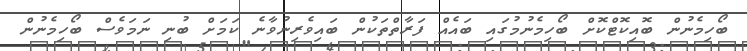
ބޯހިމެނުން ބޮއިކޮޓްކޮށް ބޯހިމެނުމުގައި ބައެއް ފަރާތްތަކުން ބައިވެރިނުވާނެ ކަމަށް ބުނި ނަމަވެސް ބޯހިމެނުން